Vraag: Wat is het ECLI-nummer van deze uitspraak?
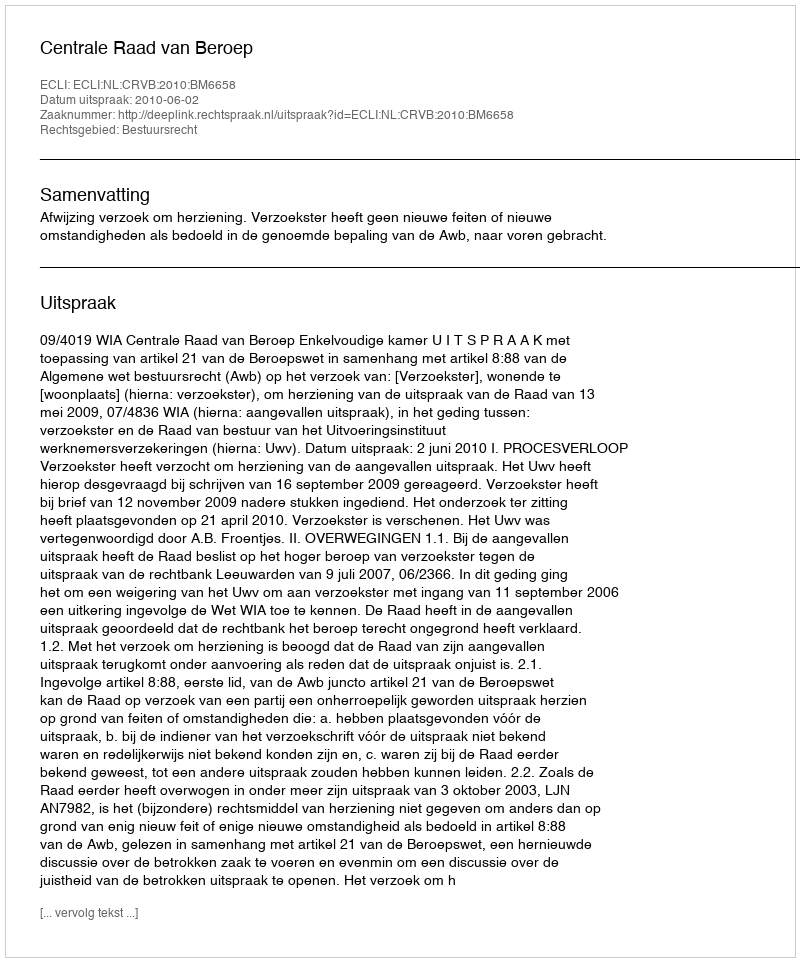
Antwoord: ECLI:NL:CRVB:2010:BM6658